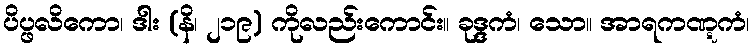
ပိပ္ဖလိကော၊ ဒါး (နိ၊ ၂၁၉) ကိုလည်းကောင်း။ ခုဒ္ဒကံ၊ သော။ အာရကဏ္ဋကံ၊